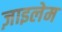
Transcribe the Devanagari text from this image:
ज़ाइलेम